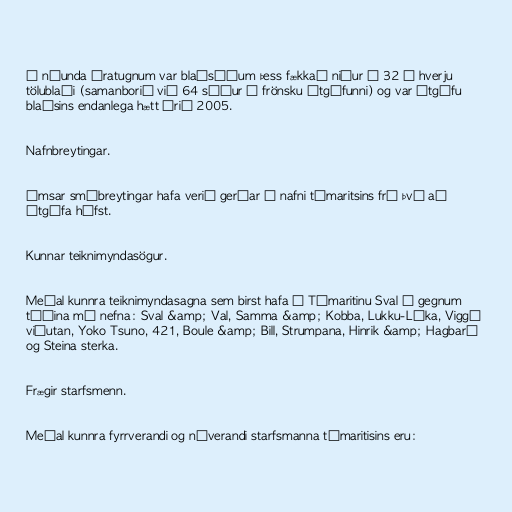
Á níunda áratugnum var blaðsíðum þess fækkað niður í 32 í hverju
tölublaði (samanborið við 64 síður í frönsku útgáfunni) og var útgáfu
blaðsins endanlega hætt árið 2005.

Nafnbreytingar.

Ýmsar smábreytingar hafa verið gerðar á nafni tímaritsins frá því að
útgáfa hófst.

Kunnar teiknimyndasögur.

Meðal kunnra teiknimyndasagna sem birst hafa í Tímaritinu Sval í gegnum
tíðina má nefna: Sval &amp; Val, Samma &amp; Kobba, Lukku-Láka, Viggó
viðutan, Yoko Tsuno, 421, Boule &amp; Bill, Strumpana, Hinrik &amp; Hagbarð
og Steina sterka.

Frægir starfsmenn.

Meðal kunnra fyrrverandi og núverandi starfsmanna tímaritisins eru: